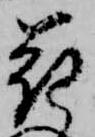
花